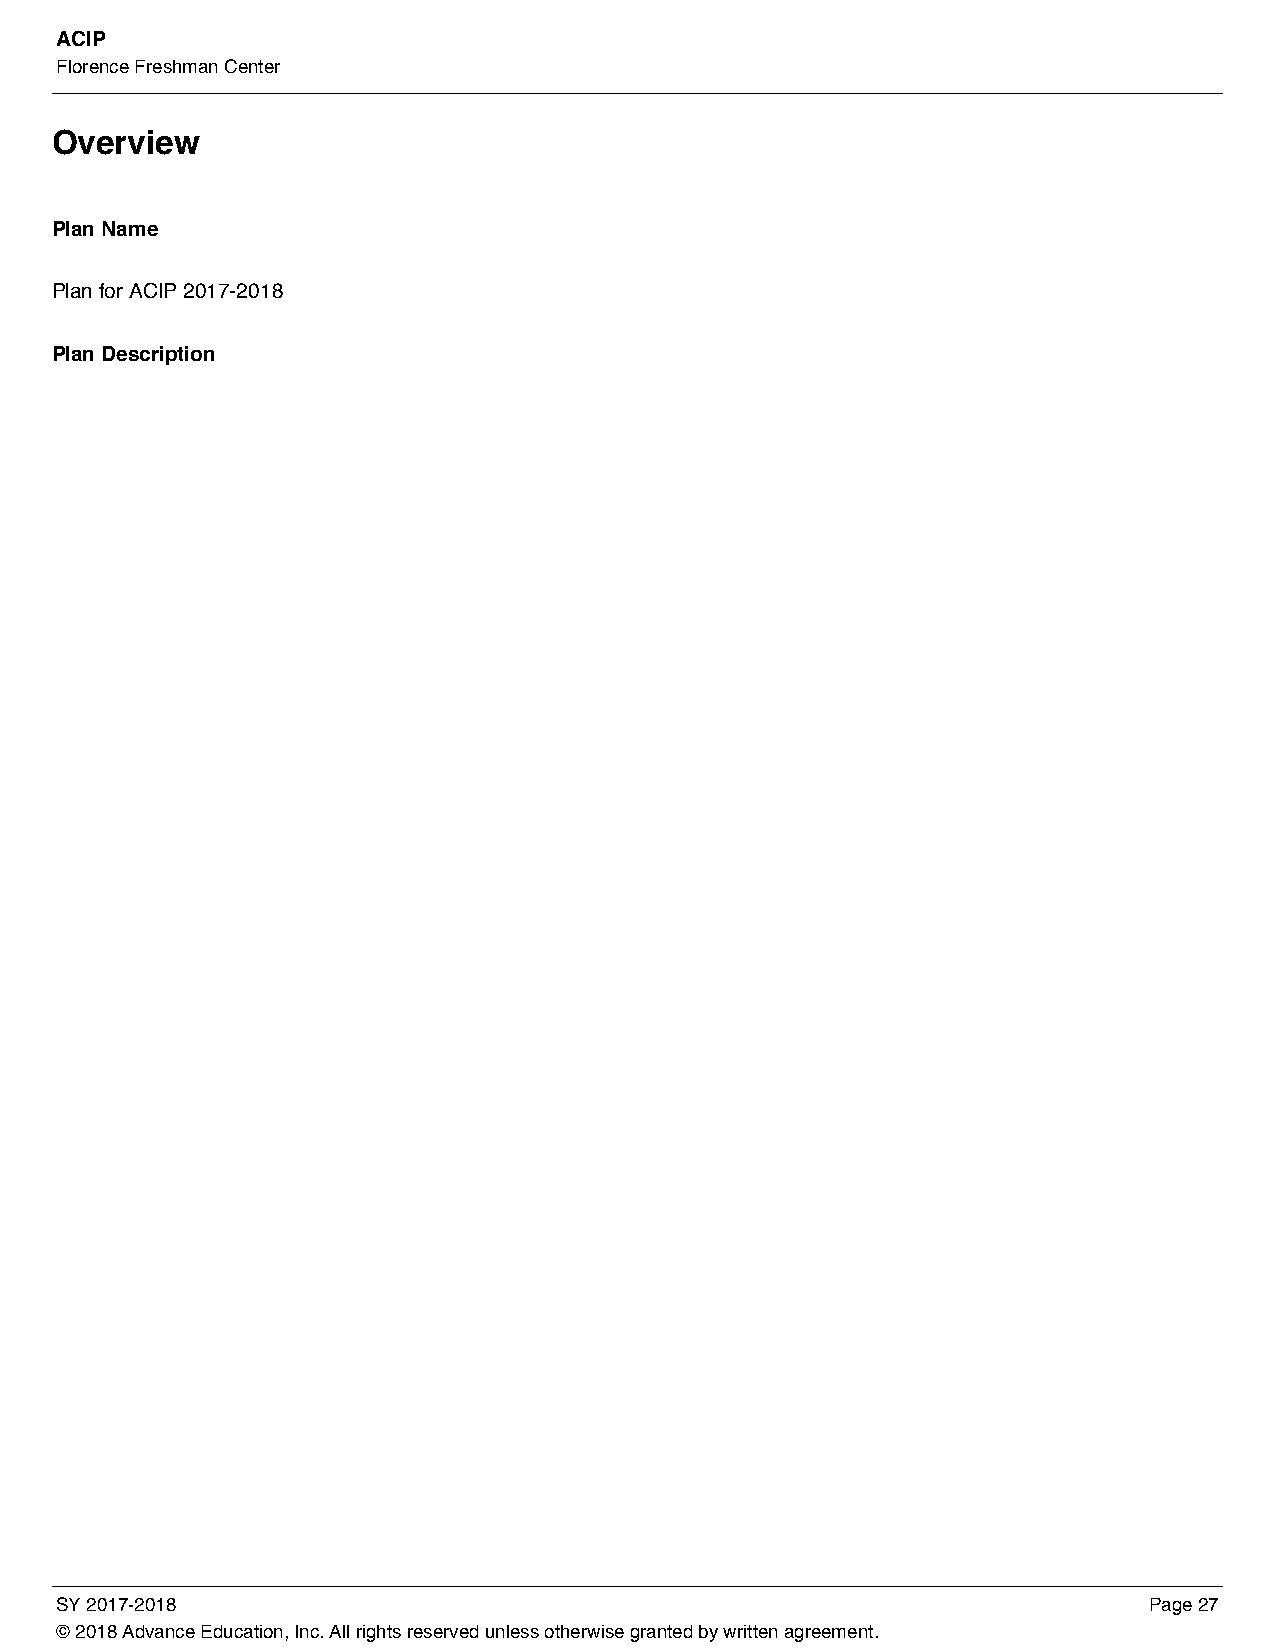
ACIP
 Florence Freshman Center
 Overview
 Plan Name
 Plan for ACIP 2017-2018
 Plan Description
 SY 2017-2018                                                            Page 27
 © 2018 Advance Education, Inc. All rights reserved unless otherwise granted by written agreement.